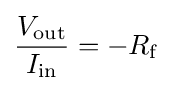
{\frac {V_{\text{out}}}{I_{\text{in}}}}=-R_{\text{f}}